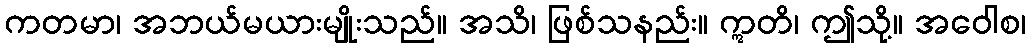
ကတမာ၊ အဘယ်မယားမျိုးသည်။ အသိ၊ ဖြစ်သနည်း။ ဣတိ၊ ဤသို့။ အဝေါစ၊